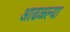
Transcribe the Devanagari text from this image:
आढळ्ल्या